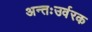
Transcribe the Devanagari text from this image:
अन्तःउर्वरक